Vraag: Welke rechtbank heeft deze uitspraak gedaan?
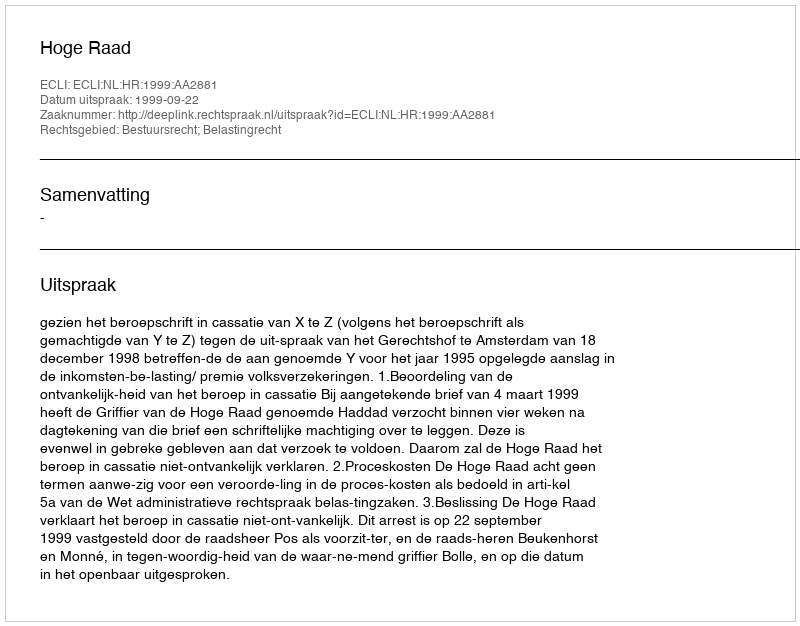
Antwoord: Hoge Raad